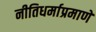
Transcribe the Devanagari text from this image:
नीतिधर्माप्रमाणे